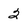
Character: 2